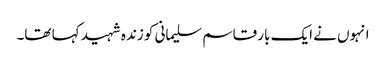
انہوں نے ایک بار قاسم سلیمانی کو زندہ شہید کہا تھا۔